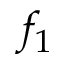
f _ { 1 }